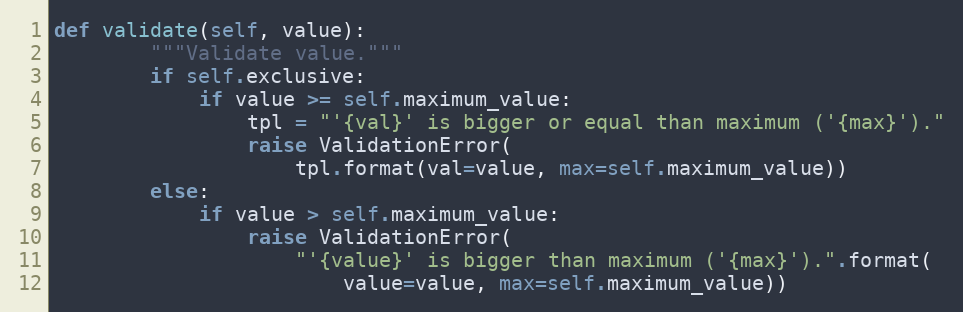
Language: Python
def validate(self, value):
        """Validate value."""
        if self.exclusive:
            if value >= self.maximum_value:
                tpl = "'{val}' is bigger or equal than maximum ('{max}')."
                raise ValidationError(
                    tpl.format(val=value, max=self.maximum_value))
        else:
            if value > self.maximum_value:
                raise ValidationError(
                    "'{value}' is bigger than maximum ('{max}').".format(
                        value=value, max=self.maximum_value))